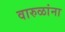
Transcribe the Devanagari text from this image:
वारुळांना